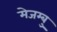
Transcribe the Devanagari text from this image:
मेजम्बु